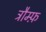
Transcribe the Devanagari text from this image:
ट्रौम्फ़